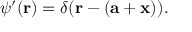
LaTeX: \psi ^ { \prime } ( \mathbf { r } ) = \delta ( \mathbf { r } - ( \mathbf { a } + \mathbf { x } ) ) .